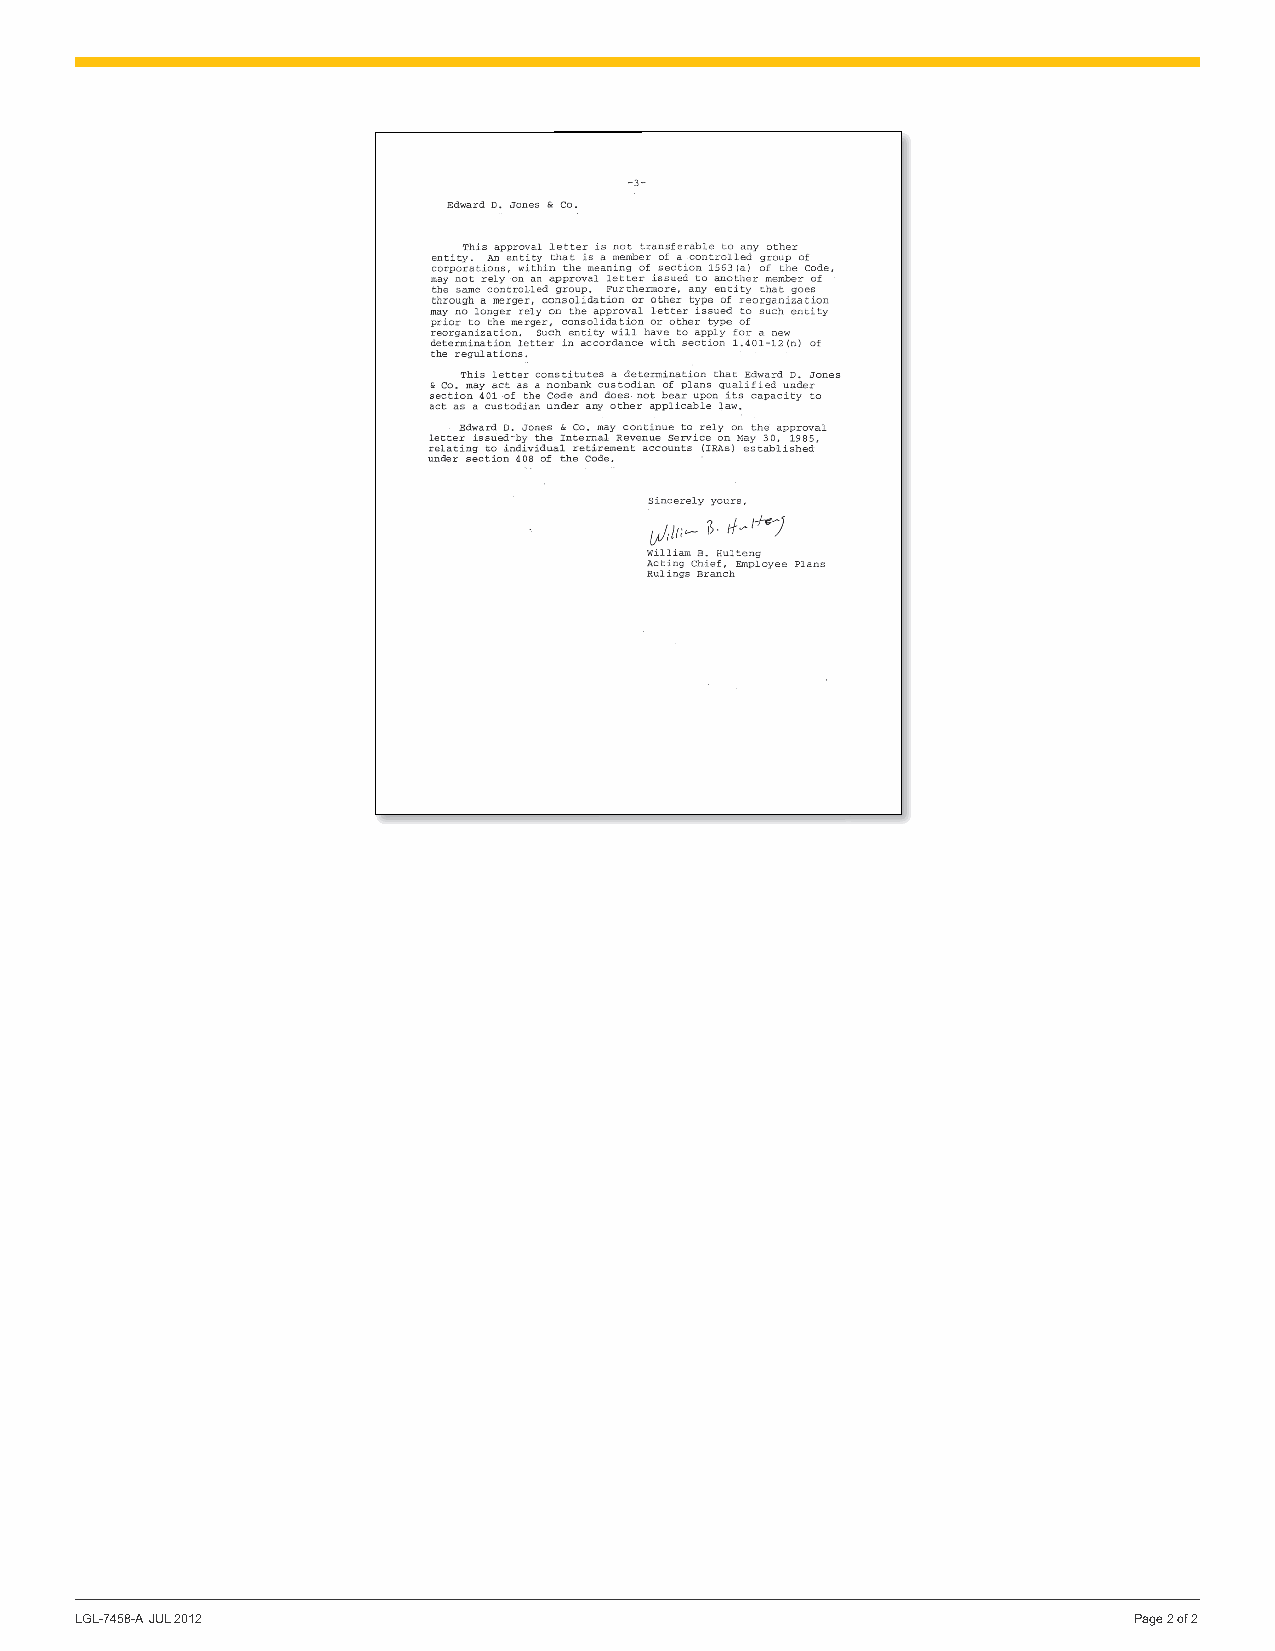
LGL-7458-A JUL 2012                                                   Page 2 of 2